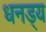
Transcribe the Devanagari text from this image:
धनड्य